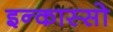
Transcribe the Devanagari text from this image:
इन्कास्सो